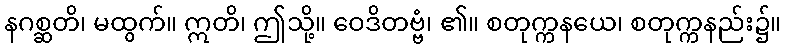
နဂစ္ဆတိ၊ မထွက်။ ဣတိ၊ ဤသို့။ ဝေဒိတဗ္ဗံ၊ ၏။ စတုက္ကနယေ၊ စတုက္ကနည်း၌။